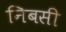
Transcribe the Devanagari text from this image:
निबसी